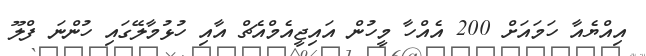
އިއްޔެއާ ހަމައަށް 200 އެއްހާ މީހުން އައިޖީއެމްއެޗް އާއި ހުޅުމާލޭގައި ހުންނަ ފްލޫ